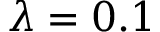
\lambda = 0 . 1